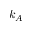
k _ { A }